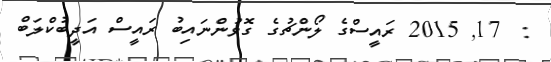
:  17